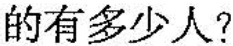
的有多少人?